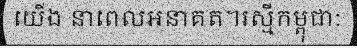
យើង នាពេលអនាគត។រស្មីកម្ពុជា: